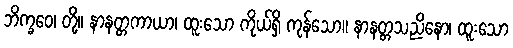
ဘိက္ခဝေ၊ တို့။ နာနတ္တကာယာ၊ ထူးသော ကိုယ်ရှိ ကုန်သော။ နာနတ္တသညိနော၊ ထူးသော